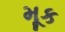
મૂક